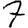
Digit: 7